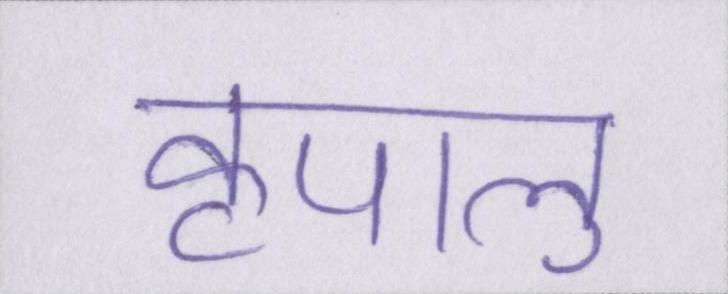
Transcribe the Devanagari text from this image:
कृपालु